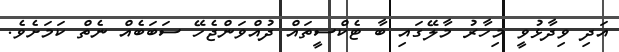
އަދި ވިދާޅުވީ މިހާރު މާލޭގައި ބާ ޓެކްސީތައް ދުއްވަންޖެހޭ ސަބަބެއް ނެތް ކަމަށެވެ.